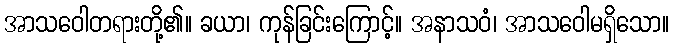
အာသဝေါတရားတို့၏။ ခယာ၊ ကုန်ခြင်းကြောင့်။ အနာသဝံ၊ အာသဝေါမရှိသော။